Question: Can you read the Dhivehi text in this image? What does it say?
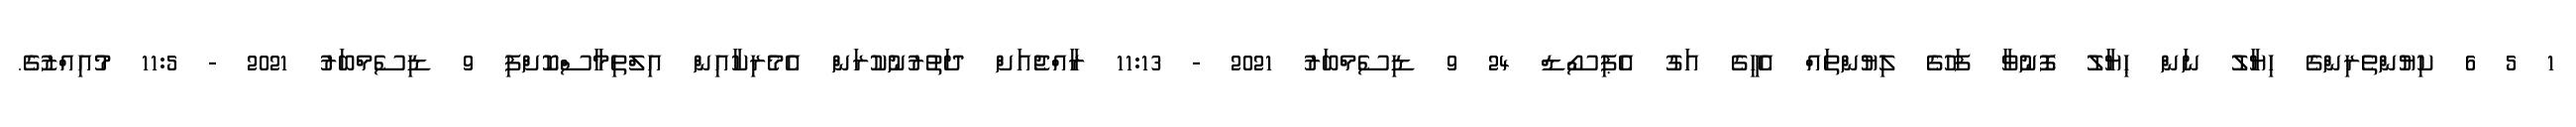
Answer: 1 5 6 ކިޔުންތެރިންގެ ހިޔާލު ނަން ޙިޔާލު ފޮނުވާ ފަހުގެ ލިޔުންތައް އެހީގެ އަގު އެޕިސޯޑް 24 9 ޑިސެމްބަރު 2021 - 11:13 ރާއްޖެއަށް ދަތުރުނުކުރަން އެމެރިކާއިން އިލްތިމާސްކޮށްފި 9 ޑިސެމްބަރު 2021 - 11:5 މުއިއްޒުގެ.